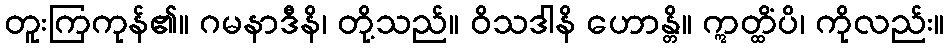
တူးကြကုန်၏။ ဂမနာဒီနိ၊ တို့သည်။ ဝိသဒါနိ ဟောန္တိ။ ဣတ္ထိံပိ၊ ကိုလည်း။